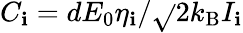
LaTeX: C_{\mathbf{i}}=dE_{0}\eta_{\mathbf{i}}/\sqrt{}{{2k_{\mathrm{{B}}}I_{\mathbf{i}}}}